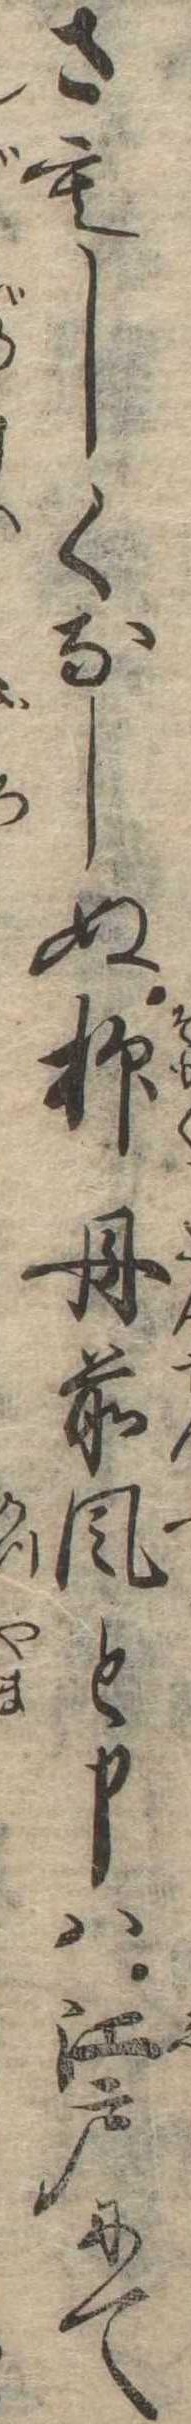
さもしくなしぬ抑丹前風と申は江戸にて